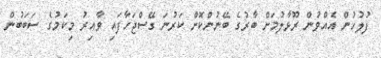
ފުލުހުން އެއްވުން ރޫޅާލުމަށް ބާރުގެ ބޭނުންކޮށް ކަރުނަ ގޭސްޖަހާފައި ވާއިރު މިކަމުގެ ސަބަބުން